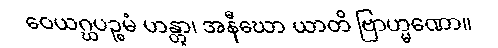
ဝေယဂ္ဃပဉ္စမံ ဟန္တွာ၊ အနီဃော ယာတိ ဗြာဟ္မဏော။